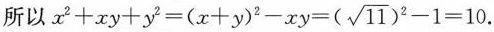
所以$$x^{2}+xy+y^{2}=(x+y)^{2}-xy=(\sqrt{11})^{2}-1=10$$.